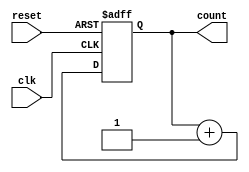
`timescale 1ns / 1ps

module  nBitCounter #(parameter n=2)(
input clk, 
reset, 
output reg [n-1:0] count);

always @(posedge clk, posedge reset) begin
    if (reset ==1)
        count<=0;
    else
        count<=count+1;    
end

endmodule